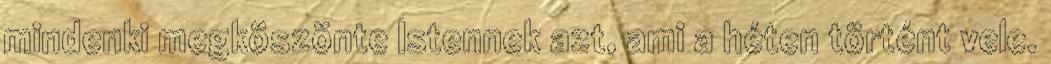
mindenki megköszönte Istennek azt, ami a héten történt vele.